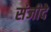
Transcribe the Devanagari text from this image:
संजीदे